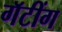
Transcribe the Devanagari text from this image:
गॅटींग